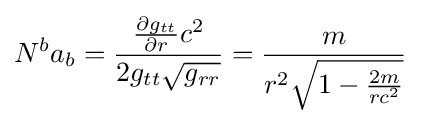
N^{b}a_{b}={\frac {{\frac {\partial g_{tt}}{\partial r}}c^{2}}{2g_{tt}{\sqrt {g_{rr}}}}}={\frac {m}{r^{2}{\sqrt {1-{\frac {2m}{rc^{2}}}}}}}